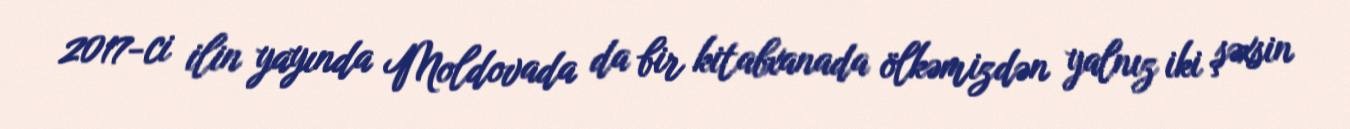
2017-ci ilin yayında Moldovada da bir kitabxanada ölkəmizdən yalnız iki şəxsin